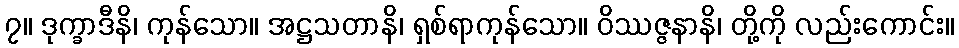
၇။ ဒုက္ခာဒီနိ၊ ကုန်သော။ အဋ္ဌသတာနိ၊ ရှစ်ရာကုန်သော။ ဝိဿဇ္ဇနာနိ၊ တို့ကို လည်းကောင်း။